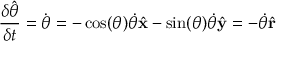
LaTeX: { \frac { \delta { \hat { \boldsymbol { \theta } } } } { \delta t } } = { \dot { \boldsymbol { \theta } } } = - \cos ( \theta ) { \dot { \theta } } { \hat { \mathbf { x } } } - \sin ( \theta ) { \dot { \theta } } { \hat { \mathbf { y } } } = - { \dot { \theta } } { \hat { \mathbf { r } } }